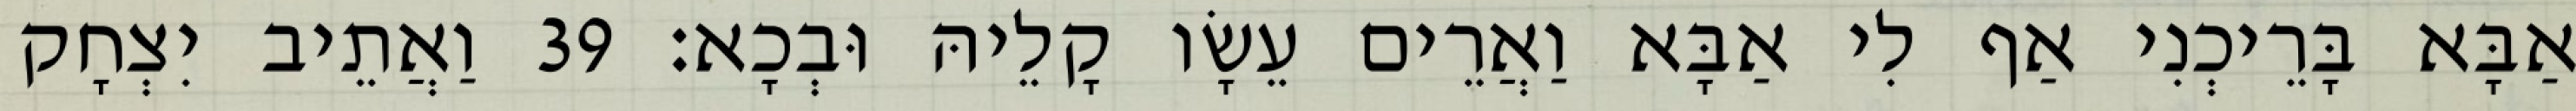
אַבָּא בָּרֵיכְנִי אַף לִי אַבָּא וַאֲרֵים עֵשָׂו קָלֵיהּ וּבְכָא׃ 39 וַאֲתֵיב יִצְחָק